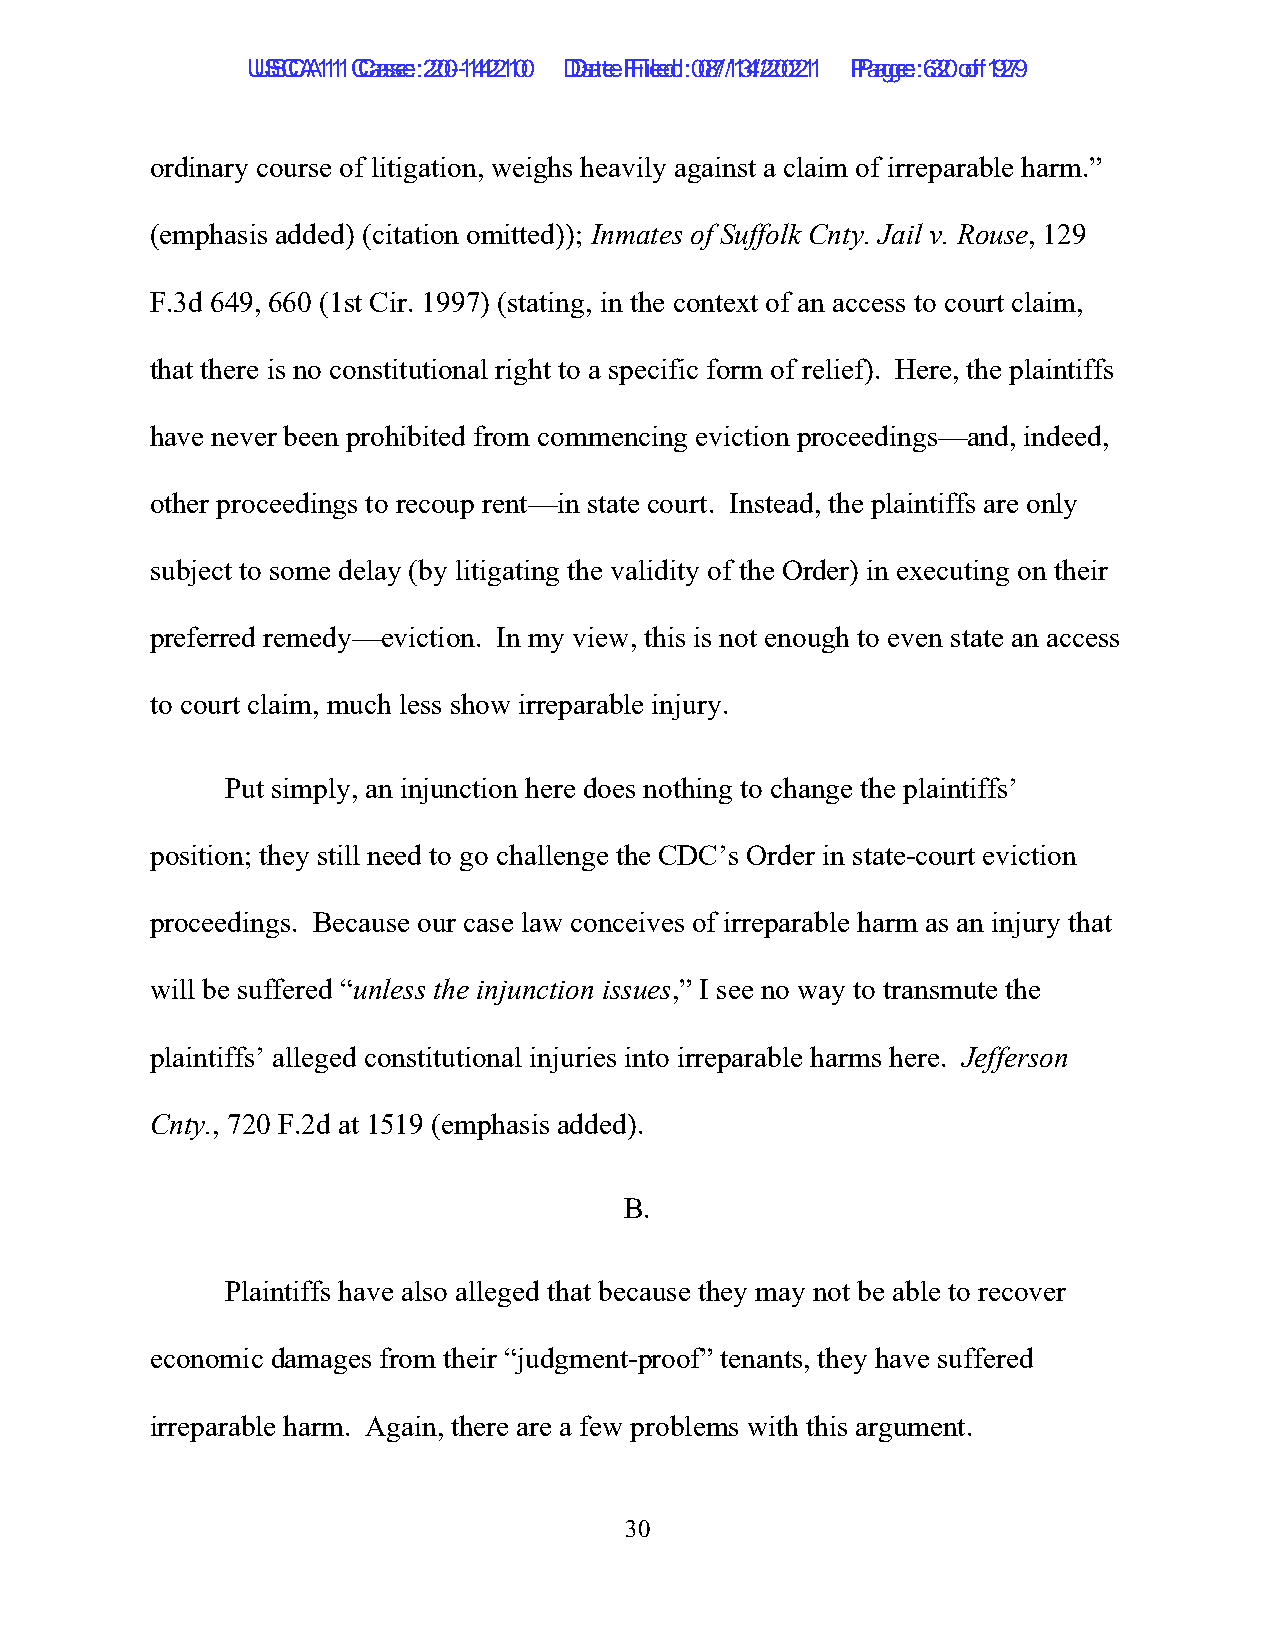
UUSSCCAA1111 C Caassee: :2 200--1144221100 D Daatete F Filieledd: :0 087/1/134/2/2002211 P Paaggee: :6 320 o of f1 9279
 ordinary course of litigation, weighs heavily against a claim of irreparable harm.”
 (emphasis added) (citation omitted)); Inmates of Suffolk Cnty. Jail v. Rouse, 129
 F.3d 649, 660 (1st Cir. 1997) (stating, in the context of an access to court claim,
 that there is no constitutional right to a specific form of relief). Here, the plaintiffs
 have never been prohibited from commencing eviction proceedings—and, indeed,
 other proceedings to recoup rent—in state court. Instead, the plaintiffs are only
 subject to some delay (by litigating the validity of the Order) in executing on their
 preferred remedy—eviction. In my view, this is not enough to even state an access
 to court claim, much less show irreparable injury.
 Put simply, an injunction here does nothing to change the plaintiffs’
 position; they still need to go challenge the CDC’s Order in state-court eviction
 proceedings. Because our case law conceives of irreparable harm as an injury that
 will be suffered “unless the injunction issues,” I see no way to transmute the
 plaintiffs’ alleged constitutional injuries into irreparable harms here. Jefferson
 Cnty., 720 F.2d at 1519 (emphasis added).
 B.
 Plaintiffs have also alleged that because they may not be able to recover
 economic damages from their “judgment-proof” tenants, they have suffered
 irreparable harm. Again, there are a few problems with this argument.
 30